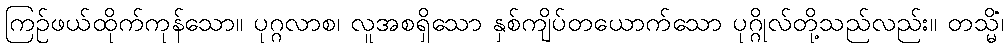
ကြဉ်ဖယ်ထိုက်ကုန်သော။ ပုဂ္ဂလာစ၊ လူအစရှိသော နှစ်ကျိပ်တယောက်သော ပုဂ္ဂိုလ်တို့သည်လည်း။ တသ္မိံ၊